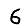
Digit: 6